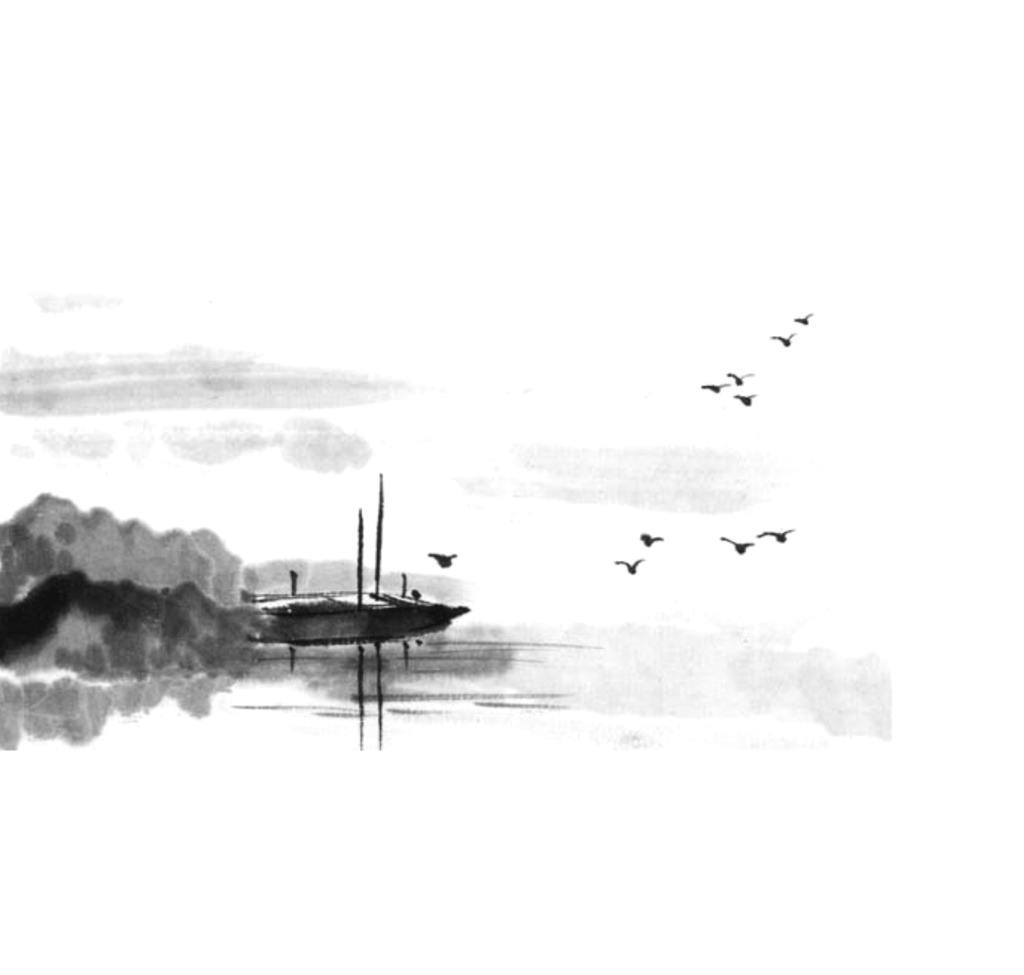
秋色雁声愁几许，都在斜阳。